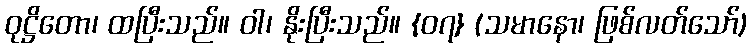
ဝုဋ္ဌိတော၊ ထပြီးသည်။ ဝါ၊ နိုးပြီးသည်။ {၀၇} (သမာနော၊ ဖြစ်လတ်သော်)